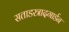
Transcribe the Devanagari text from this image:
सताडस्त्रादगार्डन